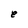
Character: e